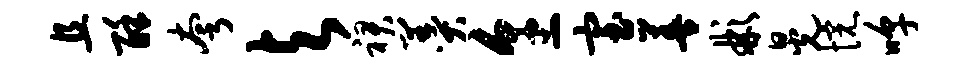
且酥夸与裙羹烹室善彬晃惋嗥